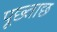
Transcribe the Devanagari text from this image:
पूछ्ताछ